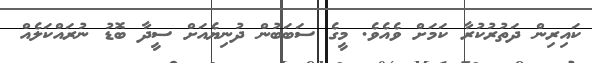
ކައިރިން ދަތުރުކުރާ ކަމަށް ވެއެވެ. މީގެ ސަބަބުން ދުނިޔެއަށް ސީދާ ބޮޑު ނުރައްކަލެއް